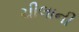
ચીલાની